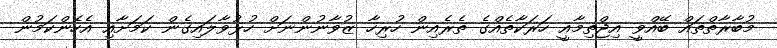
މުބާރާތްތައް ބޭއްވީ އިޖްތިމާއީ ހަރަކާތެއްގެ ތެރެއިން ހުރިހާ ޒުވާނުންނަށް ހުޅުވާލައިގެން ކަމަށާއި އެހެންކަމުން